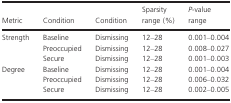
<table><thead><tr><td><b>Metric</b></td><td><b>Condition</b></td><td><b>Condition</b></td><td><b>Sparsity range (%)</b></td><td><b><i>P</i>‐value range</b></td></tr></thead><tbody><tr><td rowspan="3">Strength</td><td>Baseline</td><td>Dismissing</td><td>12–28</td><td>0.001–0.004</td></tr><tr><td>Preoccupied</td><td>Dismissing</td><td>12–28</td><td>0.008–0.027</td></tr><tr><td>Secure</td><td>Dismissing</td><td>12–28</td><td>0.001–0.003</td></tr><tr><td rowspan="3">Degree</td><td>Baseline</td><td>Dismissing</td><td>12–28</td><td>0.001–0.004</td></tr><tr><td>Preoccupied</td><td>Dismissing</td><td>12–28</td><td>0.006–0.032</td></tr><tr><td>Secure</td><td>Dismissing</td><td>12–28</td><td>0.002–0.005</td></tr></tbody></table>